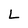
Character: L